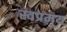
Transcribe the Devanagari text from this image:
स्वप्रमय